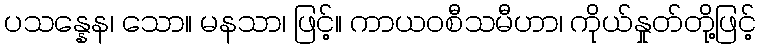
ပသန္နေန၊ သော။ မနသာ၊ ဖြင့်။ ကာယဝစီသမီဟာ၊ ကိုယ်နှုတ်တို့ဖြင့်